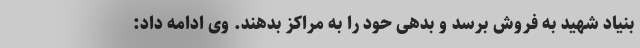
بنیاد شهید به فروش برسد و بدهی حود را به مراکز بدهند. وی ادامه داد: